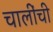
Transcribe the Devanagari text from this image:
चालींची